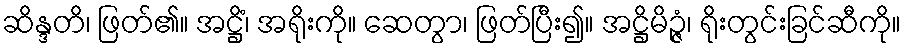
ဆိန္ဒတိ၊ ဖြတ်၏။ အဋ္ဌိံ၊ အရိုးကို။ ဆေတွာ၊ ဖြတ်ပြီး၍။ အဋ္ဌိမိဉ္ဇံ၊ ရိုးတွင်းခြင်ဆီကို။